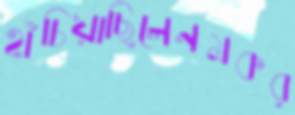
হাঁচিয়াছিলেনমকর